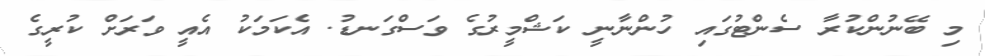
މި ބޭނުންކުރާ ސެންޓުގައި ހުންނާނީ ކަޝްމީރުގެ ވަސްގަނޑު. އެކަމަކު އެއީ ވަރަށް ކުރީގެ